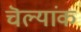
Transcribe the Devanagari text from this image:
चॆल्यांक